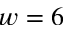
w = 6